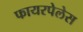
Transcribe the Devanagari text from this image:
फायरपेलेस